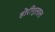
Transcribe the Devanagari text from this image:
होरीगुलाल